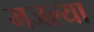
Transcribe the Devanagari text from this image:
मजल्या